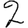
Digit: 2